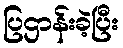
ပြဌာန်းခဲ့ပြီး